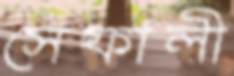
সেফালী